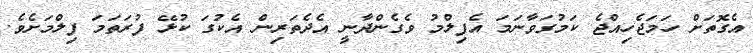
އެގޮތަށް ހަމަޖެހިއްޖެ ކަމުގަވާނަމަ އެފިލްމު ވެގެންދާނީ އެދެތަރިން އެކުގަ ކުޅޭ ފުރަތަމަ ފިލްމަށެވެ.